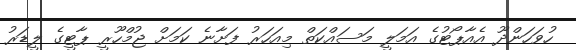
ހުވަހަންދޫ އެއާޕޯޓުގެ އަމަލީ މަސައްކަތް މިއަހަރު ފަށާނެ ކަމަށް ޖުމްހޫރީ ޕާޓީގެ ލީޑަރު